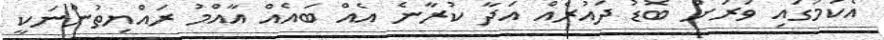
އެކަމުގައި ވަރަށް ބޮޑު ދައުރެއް އަދާ ކުރާނެ އެއް ބައެއް އާއްމު ރައްޔިތުންނަކީ